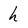
Character: h